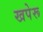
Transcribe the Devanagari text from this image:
खपेरू